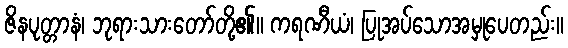
ဇိနပုတ္တာနံ၊ ဘုရားသားတော်တို့၏။ ကရဏီယံ၊ ပြုအပ်သောအမှုပေတည်း။